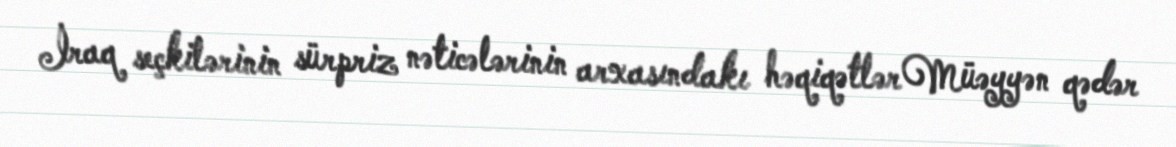
İraq seçkilərinin sürpriz nəticələrinin arxasındakı həqiqətlər Müəyyən qədər